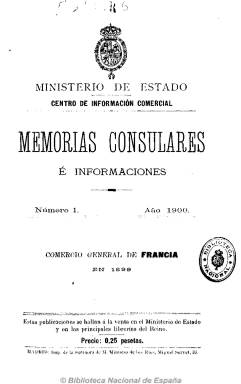
Título: Memorias consulares e informaciones
Colección: Relaciones internacionales
Ámbito geográfico: Madrid
Lugar de publicación: Madrid
Fechas: 01/01/1900-31/12/1902

Publicación oficial editada por el Centro de Información Comercial del Ministerio de Estado que recoge informes, memorias, monografías, estadísticas y datos cursados por los agentes diplomáticos españoles en el extranjero, relacionados con el comercio exterior y la política comercial. En entregas de paginación variada, entre las ocho y casi el medio centenar, y sin indicación de periodicidad, aunque probablemente mensual, comienza a publicarse a partir de 1900. Cada número va a acumulando los índices de los contenidos de los anteriormente publicados, y no contiene ni gráficos ni ilustraciones.

Entre otras monografías, son publicadas las referidas al Congreso Vitícola de Montevideo de 1900, a la crisis del carbón en Europa, la influencia de la navegación del canal de Manchester, la crisis del algodón en Inglaterra, la reforma del sistema monetario en Perú, los trusts en los Estados Unidos o la cuarentena impuesta a los buques españoles que comercian con Cuba. También incluye noticias y avisos de interés para los exportadores españoles, facilitadas por la Compañía Trasatlántica. Y sobre todo, las memorias que los cónsules redactan sobre el comercio y las importaciones y exportaciones en diferentes países y ciudades portuarias.

Con este título edita 39 números y a partir del número 40 (1902) lo modifica para ser Memorias diplomáticas y consulares e informaciones, que puede consultarse también en esta Hemeroteca Digital de la BNE.